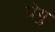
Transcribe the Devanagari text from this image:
प्रेगु